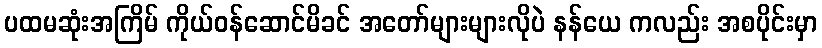
ပထမဆုံးအကြိမ် ကိုယ်ဝန်ဆောင်မိခင် အတော်များများလိုပဲ နန်ယေ ကလည်း အစပိုင်းမှာ